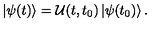
\left| \psi ( t ) \right> = { \cal { U } } ( t , t _ { 0 } ) \left| \psi ( t _ { 0 } ) \right> .